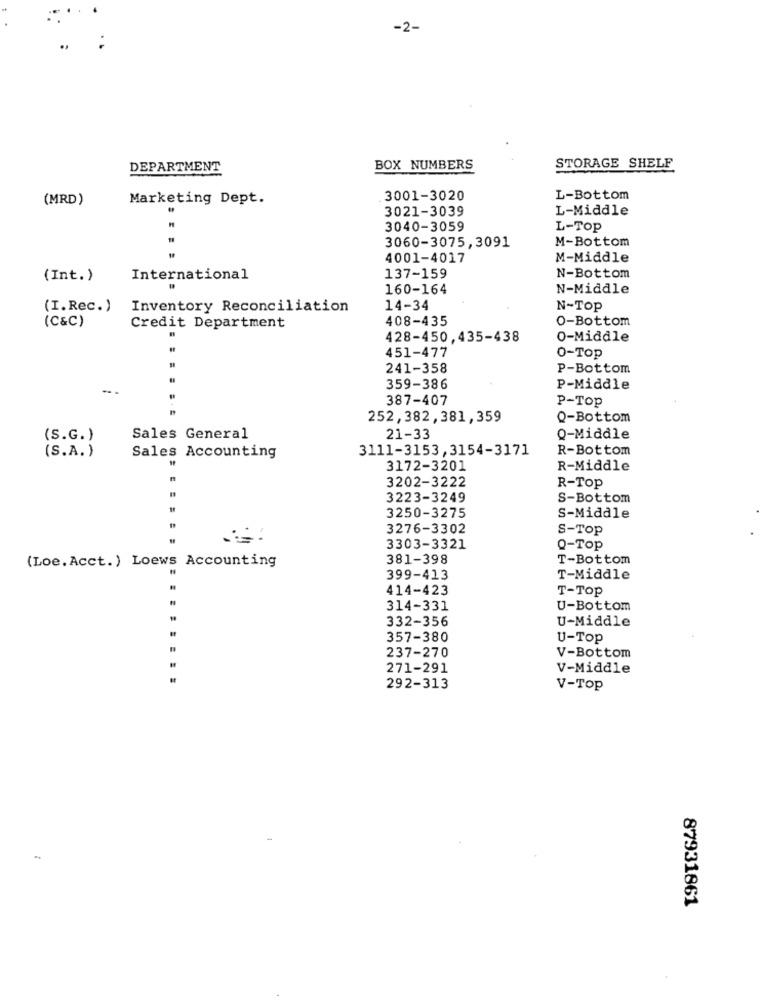
-2-
DEPARTMENT
BOX NUMBERS
STORAGE SHELF
(MRD)
Marketing Dept.
3001-3020
L-Bottom
3021-3039
L-Middle
3040-3059
L-TOP
M-Bottom
3060-3075,3091
4001-4017
M-Middle
(Int.)
International
137-159
N-Bottom
160-164
N-Middle
(I.Rec.)
Inventory Reconciliation
14-34
N-Top
408-435
O-Bottom
(C&C)
Credit Department
428-450,435-438
0-Middle
451-477
0-Top
241-358
P-Bottom
359-386
P-Middle
387-407
P-Top
252,382,381,359
Q-Bottom
(S.G.)
Sales General
21-33
Q-Middle
(S.A.)
3111-3153, 3154-3171
R-Bottom
Sales Accounting
3172-3201
R-Middle
3202-3222
R-Top
3223-3249
S-Bottom
3250-3275
S-Middle
3276-3302
S-Top
3303-3321
Q-Top
(Loe. Acct.) Loews Accounting
381-398
T-Bottom
399-413
T-Middle
414-423
T-Top
314-331
U-Bottom
332-356
U-Middle
357-380
U-Top
237-270
V-Bottom
271-291
V-Middle
292-313
V-TOP
87931861